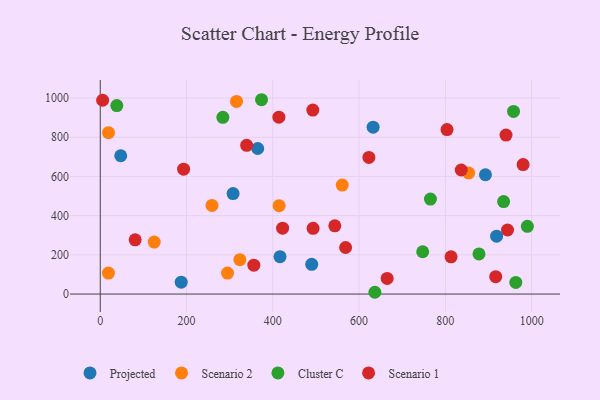
{"axis": {"x": "Price", "y": "Profit"}, "legend": ["Cluster C", "Projected", "Scenario 1", "Scenario 2"], "data": [{"x": "47.5", "y": 705.6, "type": "Projected"}, {"x": "918.8", "y": 295.4, "type": "Projected"}, {"x": "892.9", "y": 608.5, "type": "Projected"}, {"x": "632.5", "y": 851.1, "type": "Projected"}, {"x": "416.7", "y": 190.8, "type": "Projected"}, {"x": "307.9", "y": 512.4, "type": "Projected"}, {"x": "187.7", "y": 60.4, "type": "Projected"}, {"x": "365.0", "y": 742.6, "type": "Projected"}, {"x": "490.2", "y": 151.7, "type": "Projected"}, {"x": "125.1", "y": 265.4, "type": "Scenario 2"}, {"x": "18.9", "y": 106.8, "type": "Scenario 2"}, {"x": "560.9", "y": 556.1, "type": "Scenario 2"}, {"x": "323.6", "y": 175.2, "type": "Scenario 2"}, {"x": "414.6", "y": 451.1, "type": "Scenario 2"}, {"x": "295.0", "y": 106.8, "type": "Scenario 2"}, {"x": "259.0", "y": 452.1, "type": "Scenario 2"}, {"x": "19.1", "y": 823.3, "type": "Scenario 2"}, {"x": "315.9", "y": 982.7, "type": "Scenario 2"}, {"x": "854.0", "y": 617.9, "type": "Scenario 2"}, {"x": "38.4", "y": 961.5, "type": "Cluster C"}, {"x": "373.8", "y": 991.3, "type": "Cluster C"}, {"x": "284.2", "y": 901.4, "type": "Cluster C"}, {"x": "877.9", "y": 204.5, "type": "Cluster C"}, {"x": "935.0", "y": 472.0, "type": "Cluster C"}, {"x": "747.4", "y": 215.8, "type": "Cluster C"}, {"x": "963.3", "y": 59.1, "type": "Cluster C"}, {"x": "958.0", "y": 931.8, "type": "Cluster C"}, {"x": "636.6", "y": 9.1, "type": "Cluster C"}, {"x": "765.4", "y": 484.6, "type": "Cluster C"}, {"x": "990.1", "y": 345.5, "type": "Cluster C"}, {"x": "836.8", "y": 632.9, "type": "Scenario 1"}, {"x": "568.7", "y": 237.6, "type": "Scenario 1"}, {"x": "493.4", "y": 335.5, "type": "Scenario 1"}, {"x": "916.7", "y": 88.7, "type": "Scenario 1"}, {"x": "193.2", "y": 636.9, "type": "Scenario 1"}, {"x": "422.7", "y": 336.0, "type": "Scenario 1"}, {"x": "356.0", "y": 147.2, "type": "Scenario 1"}, {"x": "622.7", "y": 696.8, "type": "Scenario 1"}, {"x": "944.1", "y": 326.8, "type": "Scenario 1"}, {"x": "80.9", "y": 276.8, "type": "Scenario 1"}, {"x": "665.1", "y": 79.6, "type": "Scenario 1"}, {"x": "803.8", "y": 839.2, "type": "Scenario 1"}, {"x": "543.7", "y": 347.9, "type": "Scenario 1"}, {"x": "940.6", "y": 811.1, "type": "Scenario 1"}, {"x": "980.2", "y": 660.6, "type": "Scenario 1"}, {"x": "492.7", "y": 938.5, "type": "Scenario 1"}, {"x": "5.5", "y": 988.6, "type": "Scenario 1"}, {"x": "414.1", "y": 902.5, "type": "Scenario 1"}, {"x": "813.2", "y": 189.7, "type": "Scenario 1"}, {"x": "339.4", "y": 758.6, "type": "Scenario 1"}]}